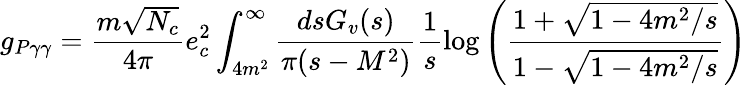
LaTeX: g_{P\gamma\gamma}=\frac{m\sqrt{N_{c}}}{4\pi}e_{c}^{2}\int_{4m^{2}}^{\infty}\frac{dsG_{v}(s)}{\pi(s-M^{2})}\frac 1s\log\left({\frac{1+\sqrt{1-4m^{2}/s}}{1-\sqrt{1-4m^{2}/s}}}\right)